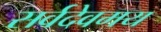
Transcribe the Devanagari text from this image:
सर्वदेवमय